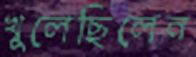
খুলেছিলেন